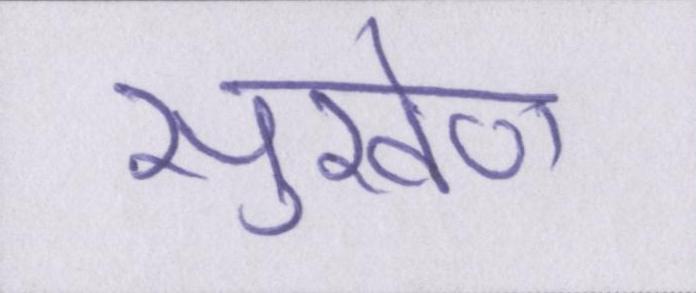
सुखेण